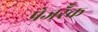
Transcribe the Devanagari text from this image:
पेजरॅँक